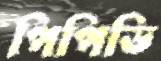
পিপিডি